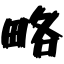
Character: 略